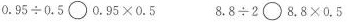
$$0 . 9 5 \div 0 . 5 \circ 0 . 9 5 \times 0 . 5$$ $$8 . 8 \div 2 \circ 8 . 8 \times